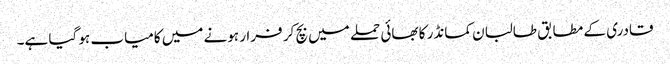
قادری کے مطابق طالبان کمانڈر کا بھائی حملے میں بچ کر فرار ہونے میں کامیاب ہو گیا ہے۔